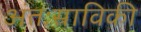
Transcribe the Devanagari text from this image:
अंतःस्राविकी